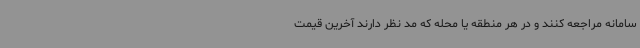
سامانه مراجعه کنند و در هر منطقه یا محله که مد نظر دارند آخرین قیمت